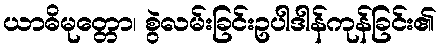
ယာဓိမုတ္တော၊ စွဲလမ်းခြင်းဥပါဒါန်ကုန်ခြင်း၏